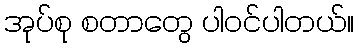
အုပ်စု စတာတွေ ပါဝင်ပါတယ်။